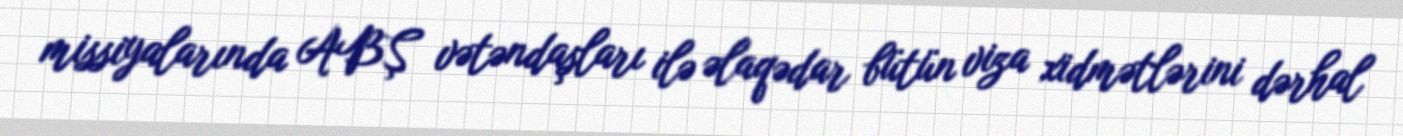
missiyalarında ABŞ vətəndaşları ilə əlaqədar bütün viza xidmətlərini dərhal